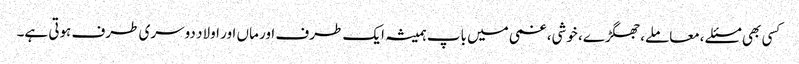
کسی بھی مسئلے ،معاملے، جھگڑے، خوشی، غمی میں باپ ہمیشہ ایک طرف اور ماں اور اولاد دوسری طرف ہوتی ہے۔